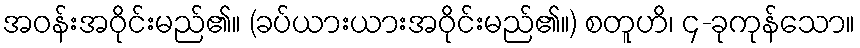
အဝန်းအဝိုင်းမည်၏။ (ခပ်ယားယားအဝိုင်းမည်၏။) စတူဟိ၊ ၄-ခုကုန်သော။